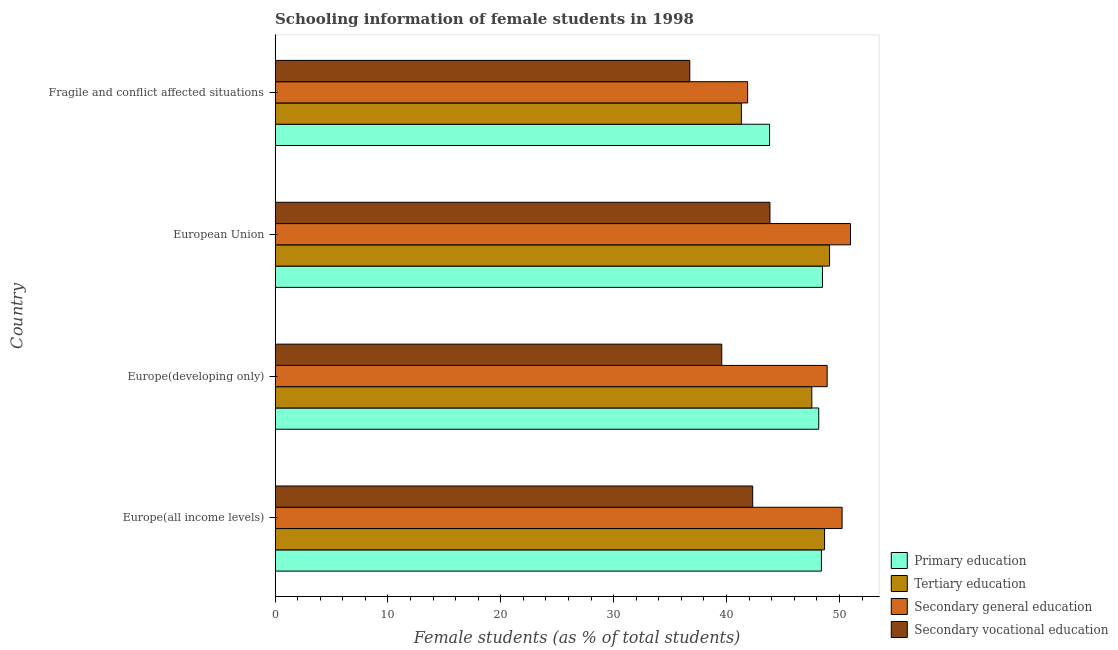
| Country | Primary education | Tertiary education | Secondary general education | Secondary vocational education |
 | --- | --- | --- | --- | --- |
 | Europe(all income levels) | 48.4 | 48.7 | 50.2 | 42.3 |
 | Europe(developing only) | 48.2 | 47.6 | 48.9 | 39.6 |
 | European Union | 48.5 | 49.1 | 51 | 43.8 |
 | Fragile and conflict affected situations | 43.8 | 41.3 | 41.9 | 36.7 |